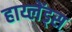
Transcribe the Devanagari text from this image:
हाय्लेंड्स